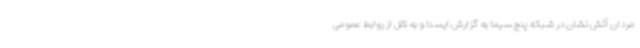
مردان آتش نشان در شبکه پنج سیما به گزارش ایسنا و به نقل از روابط عمومی